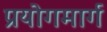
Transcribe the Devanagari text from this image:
प्रयोगमार्ग